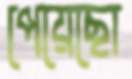
পেয়েছো